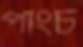
পাংচ